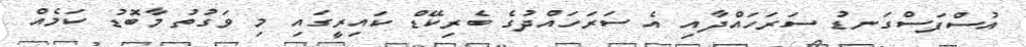
އުސްފަސްގަނޑު ސަރަހައްދާއި އެ ސަރަހައްދުގެ ބެރިކޭޑް ކައިރީގައި މި ވަގުތު މާބޮޑު ކަމެއް